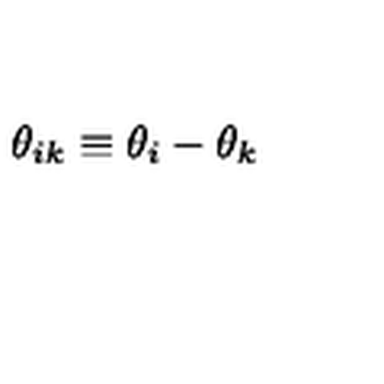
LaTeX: \theta _ { i k } \equiv \theta _ { i } - \theta _ { k }